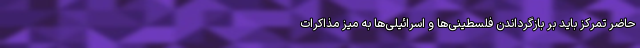
حاضر تمرکز باید بر بازگرداندن فلسطینی‌ها و اسرائیلی‌ها به میز مذاکرات